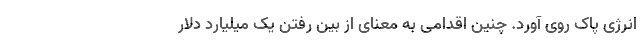
انرژی پاک روی آورد. چنین اقدامی به معنای از بین رفتن یک میلیارد دلار